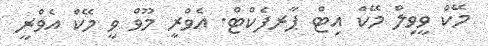
މޭކް ވީވިލް މޭކް އިޓް ޕާރފެކްޓް. އެވްރީ މޫވް ވީ މޭކް އެވްރީ